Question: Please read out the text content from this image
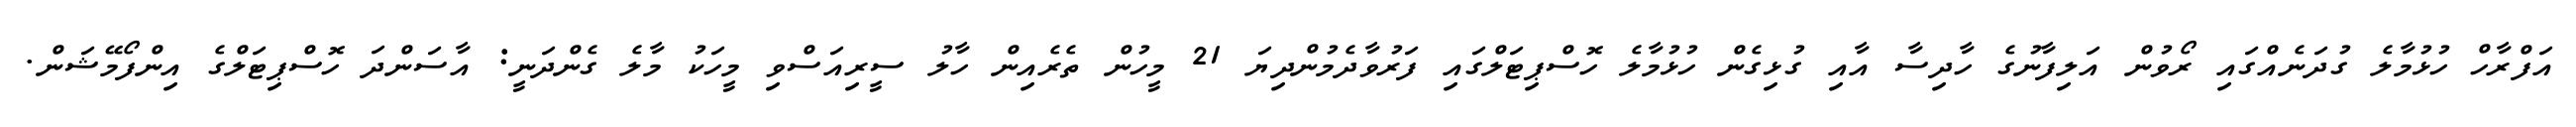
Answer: އަފްރާހް ހުޅުމާލެ ގުދަނެއްގައި ރޯވުން އަލިފާނުގެ ހާދިސާ އާއި ގުޅިގެން ހުޅުމާލެ ހޮސްޕިޓަލްގައި ފަރުވާދެމުންދިޔަ 21 މީހުން ތެރެއިން ހާލު ސީރިއަސްވި މީހަކު މާލެ ގެންދަނީ: އާސަންދަ ހޮސްޕިޓަލްގެ އިންފޯމޭޝަން.